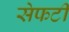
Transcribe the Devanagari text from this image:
सेफटी